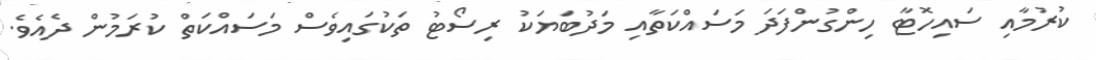
ކުރުމާއި ސައިހޮޓާ ހިންގުންފަދަ މަސައްކަތާއި މަދުބަޔަކު ރިސޯޓު ތަކުގައިވެސް މަސައްކަތް ކުރަމުން ދެއެވެ.